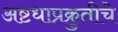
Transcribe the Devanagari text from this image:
अष्टधाप्रक्रुतीचे